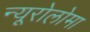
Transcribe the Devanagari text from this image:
न्यूरोलोमा